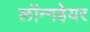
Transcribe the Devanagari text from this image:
लॉन्गहेयर